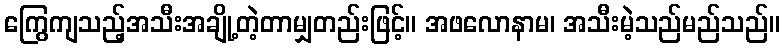
ကြွေကျသည့်အသီးအချို့တဲ့တာမျှတည်းဖြင့်။ အဖလောနာမ၊ အသီးမဲ့သည်မည်သည်။